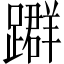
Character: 𨆤